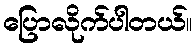
ပြောလိုက်ပါတယ်။